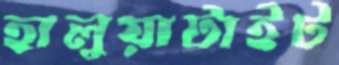
হালুয়াটাইট